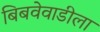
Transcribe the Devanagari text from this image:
बिबवेवाडीला